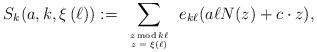
LaTeX: \begin{align*}S_{k}(a,k,\xi\,(\ell)):=\sum_{{\tiny \begin{tabular}{c} $z\,\hbox{\tiny mod}\, k\ell$\\ $z=\xi(\ell)$\end{tabular}}} e_{k\ell}(a\ell N(z) +c\cdot z),\end{align*}